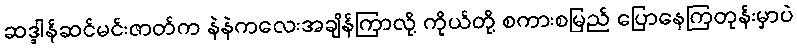
ဆဒ္ဒါန်ဆင်မင်းဇာတ်က နဲနဲကလေးအချိန်ကြာလို့ ကိုယ်တို့ စကားစမြည် ပြောနေကြတုန်းမှာပဲ